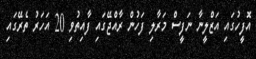
އޮފީހުގައި އަޒްލީނާ ނަފީސް މަރާލި ފަހުން ރާއްޖޭގައި ފާއިތުވި 20 އަހަރު ތެރޭގައި